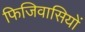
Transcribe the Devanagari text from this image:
फिजिवासियों